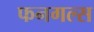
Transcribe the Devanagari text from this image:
फनगल्स